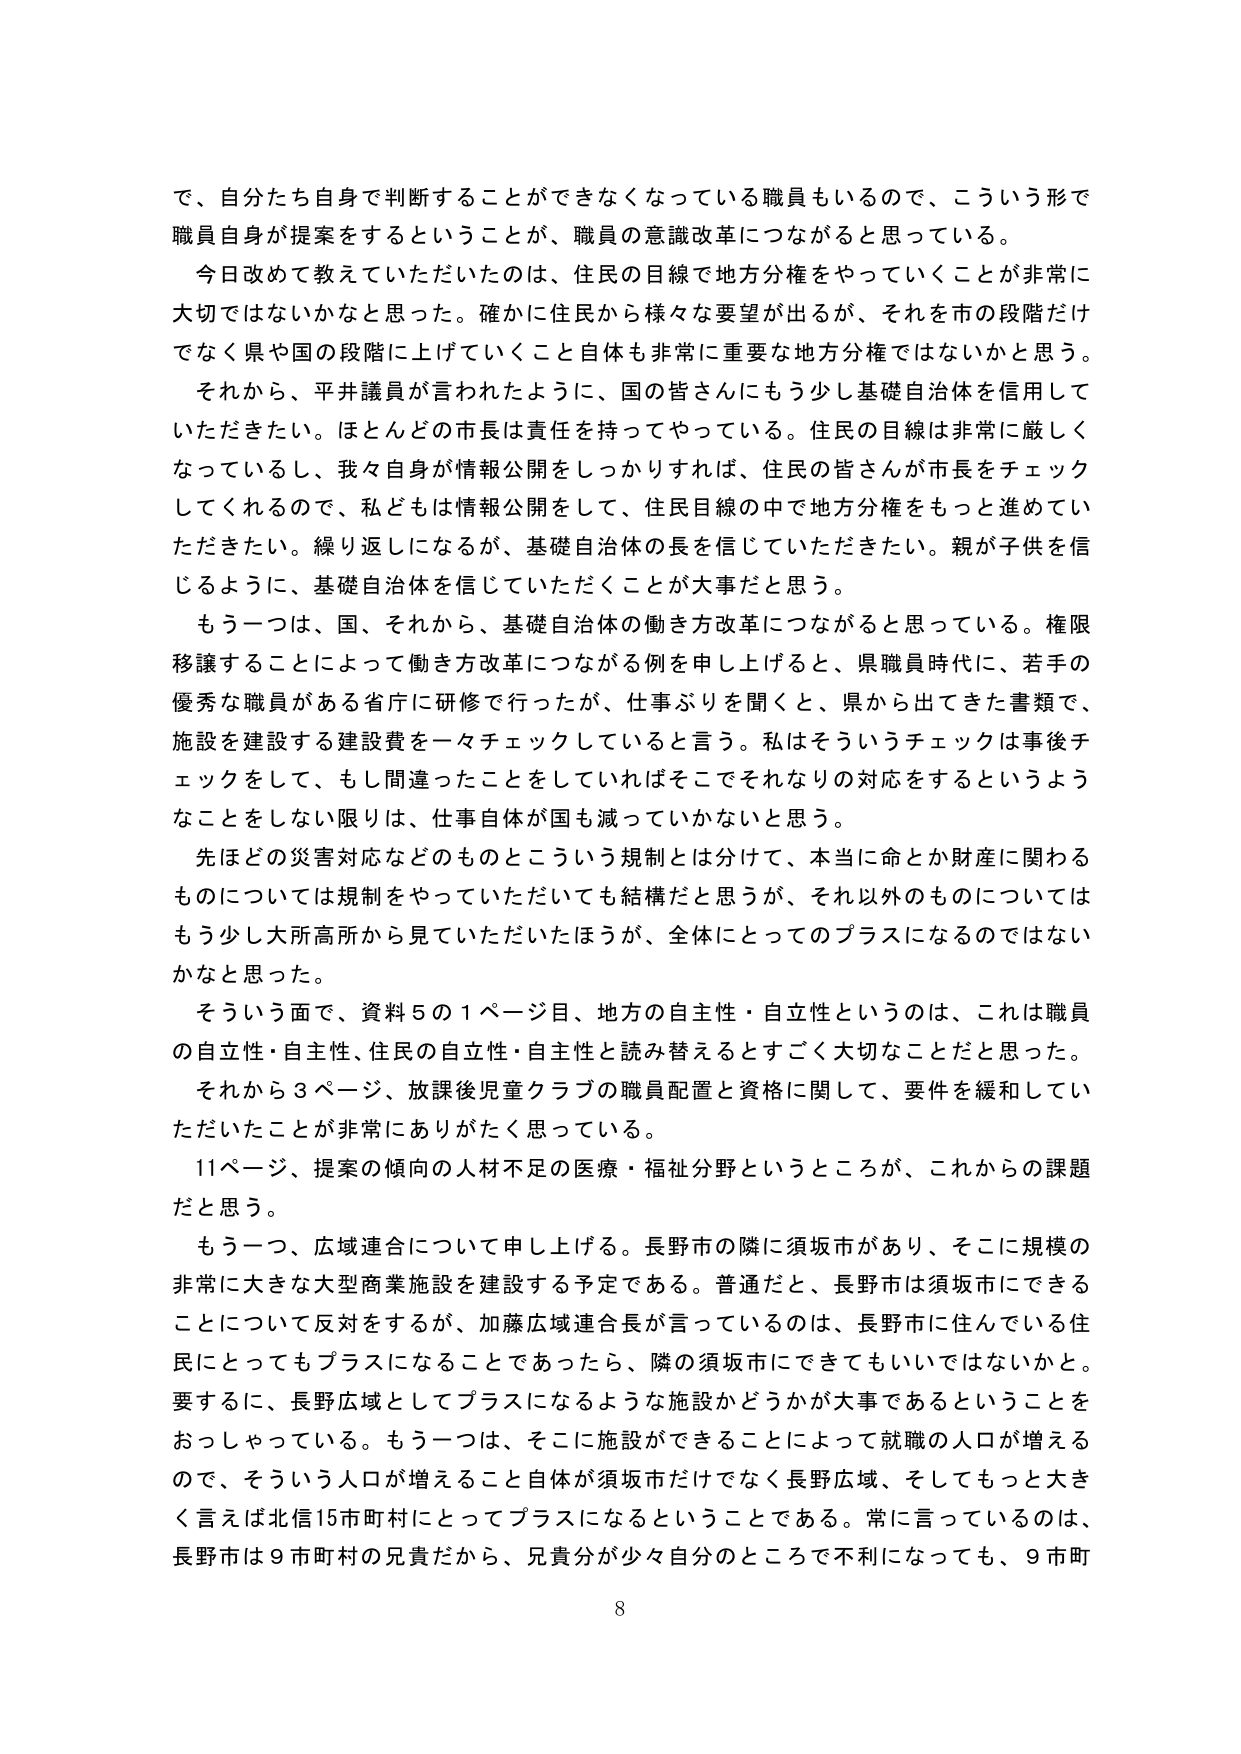
で、自分たち自身で判断することができなくなっている職員もいるので、こういう形で職員自身が提案をするということが、職員の意識改革につながると思っている。

今日改めて教えていただいたのは、住民の目線で地方分権をやっていくことが非常に大切ではないかなと思った。確かに住民から様々な要望が出るが、それを市の段階だけでなく県や国の段階に上げていくこと自体も非常に重要な地方分権ではないかと思う。

それから、平井議員が言われたように、国の皆さんにもう少し基礎自治体を信用していただきたい。ほとんどの市長は責任を持ってやっている。住民の目線は非常に厳しくなっているし、我々自身が情報公開をしっかりすれば、住民の皆さんが市長をチェックしてくれるので、私どもは情報公開をして、住民目線の中で地方分権をもっと進めていただきたい。繰り返しになるが、基礎自治体の長を信じていただきたい。親が子供を信じるように、基礎自治体を信じていただくことが大事だと思う。

もう一つは、国、それから、基礎自治体の働き方改革につながると思っている。権限移譲することによって働き方改革につながる例を申し上げると、県職員時代に、若手の優秀な職員がある省庁に研修で行ったが、仕事ぶりを聞くと、県から出てきた書類で、施設を建設する建設費を一々チェックしていると言う。私はそういうチェックは事後チェックをして、もし間違ったことをしていればそこでそれなりの対応をするというようなことをしない限りは、仕事自体が国も減っていかないと思う。

先ほどの災害対応などのものとこういう規制とは分けて、本当に命か財産に関わるものについては規制をやっていただいても結構だと思うが、それ以外のものについてはもう少し大所高所から見ていただいたほうが、全体にとってのプラスになるのではないかと思った。

そういう面で、資料５の１ページ目、地方の自主性・自立性というのは、これは職員の自立性・自主性、住民の自立性・自主性と読み替えるとすごく大切なことだと思った。

それから３ページ、放課後児童クラブの職員配置と資格に関して、要件を緩和していただいたことが非常にありがたく思っている。

11ページ、提案の傾向の人材不足の医療・福祉分野というところが、これからの課題だと思う。

もう一つ、広域連合について申し上げる。長野市の隣に須坂市があり、そこに規模の非常に大きな大型商業施設を建設する予定である。普通だと、長野市は須坂市にできることについて反対をするが、加藤広域連合長が言っているのは、長野市に住んでいる住民にとってもプラスになることであったら、隣の須坂市にできてもいいではないかと。要するに、長野広域としてプラスになるような施設かどうかが大事であるということをおっしゃっている。もう一つは、そこに施設ができることによって就職の人口が増えるので、そういう人口が増えること自体が須坂市だけでなく長野広域、そしてもっと大きく言えば北信15市町村にとってプラスになるということである。常に言っているのは、長野市は9市町村の兄貴だから、兄貴分が少々自分のところで不利になっても、9市町

8